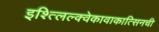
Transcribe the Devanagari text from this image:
इश्त्लिल्क्वेकावाकात्सिनची